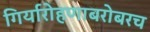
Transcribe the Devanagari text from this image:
गिर्यारोहणाबरोबरच